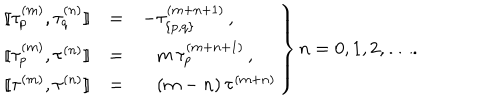
\left. \begin{array} { r c l } { { { [ \! [ } \tau _ { p } ^ { ( m ) } , \tau _ { q } ^ { ( n ) } { ] \! ] } } } & { { = } } & { { - \tau _ { \{ p , q \} } ^ { ( m + n + 1 ) } \, , } } \\ { { { [ \! [ } \tau _ { p } ^ { ( m ) } , \tau ^ { ( n ) } { ] \! ] } } } & { { = } } & { { \phantom { - } m \, \tau _ { p } ^ { ( m + n + 1 ) } \, , } } \\ { { { [ \! [ } \tau ^ { ( m ) } , \tau ^ { ( n ) } { ] \! ] } } } & { { = } } & { { \phantom { - } ( m - n ) \, \tau ^ { ( m + n ) } } } \\ \end{array} \right\} n = 0 , 1 , 2 , \ldots .